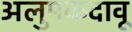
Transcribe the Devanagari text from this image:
अलुमकदावू